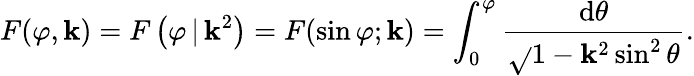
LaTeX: F(\varphi,\mathbf{k})=F\left(\varphi\, |\, \mathbf{k}^{2}\right)=F(\sin\varphi;\mathbf{k})=\int_{0}^{\varphi}{\frac{{\mathrm{{d}}\theta}}{{\sqrt{}{{1-\mathbf{k}^{2}\sin^{2}\theta}}}}}.